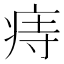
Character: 痔